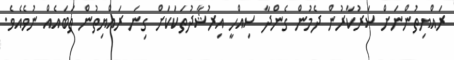
ރައްޔިތުންނަށް ސަރުކާރުން ދެމުން ގެންދާ ސިއްހީ އިރުޝާދުތަކަކަށް ގިނަ ރައްޔިތުން ތަބައެއް ނުވެއެވެ.